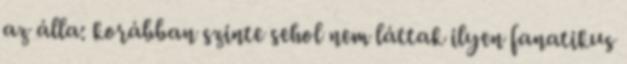
az álla: korábban szinte sehol nem láttak ilyen fanatikus